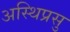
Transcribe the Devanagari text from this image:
अस्थिप्रसु